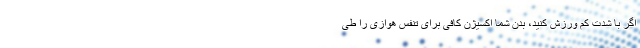
اگر با شدت کم ورزش کنید، بدن شما اکسیژن کافی برای تنفس هوازی را طی